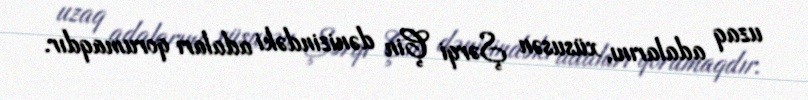
uzaq adalarını, xüsusən Şərqi Çin dənizindəki adaları qorumaqdır.